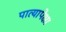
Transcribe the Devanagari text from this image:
पात्यापेक्षा